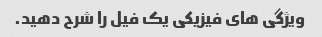
ویژگی های فیزیکی یک فیل را شرح دهید.